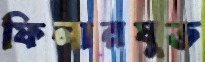
ফিলারযুক্ত